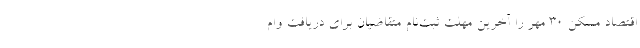
اقتصاد مسکن ۳۰ مهر را آخرین مهلت ثبت‌نام متقاضیان برای دریافت وام